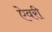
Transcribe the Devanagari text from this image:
ऐवरी